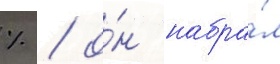
% / о́н набра́л